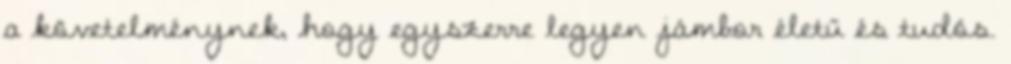
a követelménynek, hogy egyszerre legyen jámbor életű és tudós.